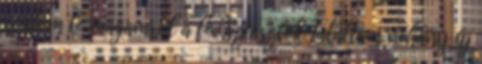
vedlem le magamról a fe. Sziasztok Találtam néhány új